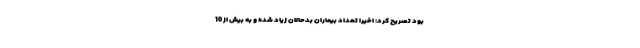
بود تصریح کرد: اخیراً تعداد بیماران بدحالان زیاد شده و به بیش از 10